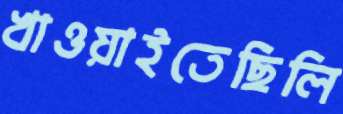
খাওয়াইতেছিলি